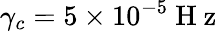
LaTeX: \gamma_{c}=5\times 10^{-5}\mathrm{~H~z~}